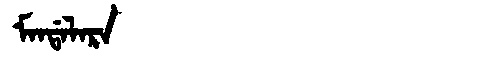
Manchu: ᠮᠠᠨᡩᠠᠯᠠᡵᠠ
Romanization: MANDALARA